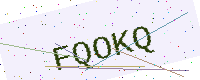
Text: FQOKQ